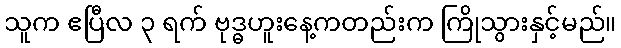
သူက ဧပြီလ ၃ ရက် ဗုဒ္ဓဟူးနေ့ကတည်းက ကြိုသွားနှင့်မည်။